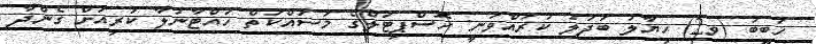
ހަބީބު (ވ2) ހިޔާލު ބަދަލު ކުރައްވަނީ: ހޮސްޕިޓަލްގެ މަސައްކަތް ހުއްޓާނުލާ ކުރިއަށް ގެންދާ